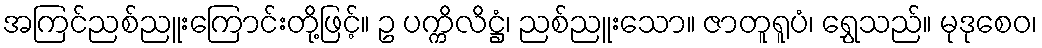
အကြင်ညစ်ညူးကြောင်းတို့ဖြင့်။ ဥ ပက္ကိလိဋ္ဌံ၊ ညစ်ညူးသော။ ဇာတူရူပံ၊ ရွှေသည်။ မုဒုစေဝ၊